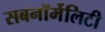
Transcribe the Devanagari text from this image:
सबनॉर्मेलिटी